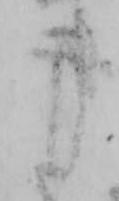
申